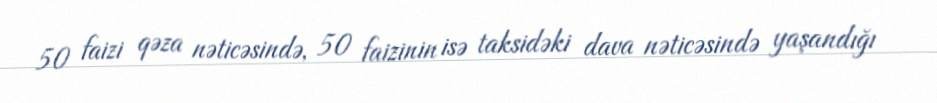
50 faizi qəza nəticəsində, 50 faizinin isə taksidəki dava nəticəsində yaşandığı